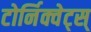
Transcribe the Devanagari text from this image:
टोर्निक्वेट्स्